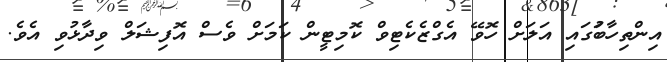
އިންތިހާބަުގައި އަލަށް ހޮވޭ އެގްޒެކެޓިވް ކޮމިޓީން ކަމަށް ވެސް އޮފިޝަލް ވިދާޅުވި އެވެ.